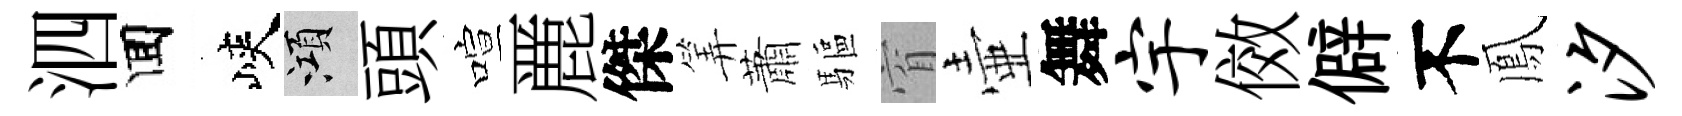
泗囬峽澒頭喧䴡傑筭蕭驅窅壷舞宇傚僻不鳳汐